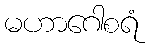
မဟာဂေါစရံ